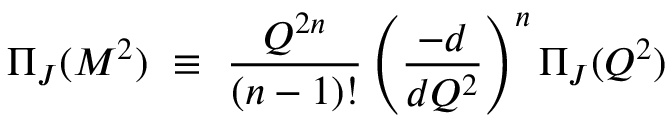
\Pi _ { J } ( M ^ { 2 } ) ~ \equiv ~ { \frac { Q ^ { 2 n } } { ( n - 1 ) ! } } \left( { \frac { - d } { d Q ^ { 2 } } } \right) ^ { n } \Pi _ { J } ( Q ^ { 2 } )